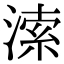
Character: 溹